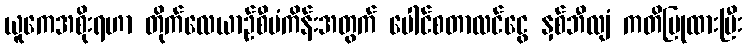
ယူကေအစိုးရဟာ တိုက်လေယာဉ်စီမံကိန်းအတွက် ပေါင်စတာလင်ငွေ နှစ်ဘီလျံ ကတိပြုထားပြီး